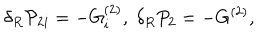
\delta _ { R } { \cal P } _ { 2 i } = - G _ { i } ^ { ( 2 ) } , \; \delta _ { R } P _ { 2 } = - G ^ { ( 2 ) } ,